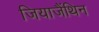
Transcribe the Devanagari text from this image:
जियाजैंथिन